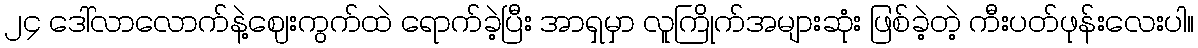
၂၄ ဒေါ်လာလောက်နဲ့ဈေးကွက်ထဲ ရောက်ခဲ့ပြီး အာရှမှာ လူကြိုက်အများဆုံး ဖြစ်ခဲ့တဲ့ ကီးပတ်ဖုန်းလေးပါ။